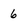
Character: 6